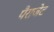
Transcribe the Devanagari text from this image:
पैराजेट